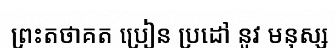
ព្រះតថាគត ប្រៀន ប្រដៅ នូវ មនុស្ស